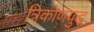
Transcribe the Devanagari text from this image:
त्रिकोणयुद्ध